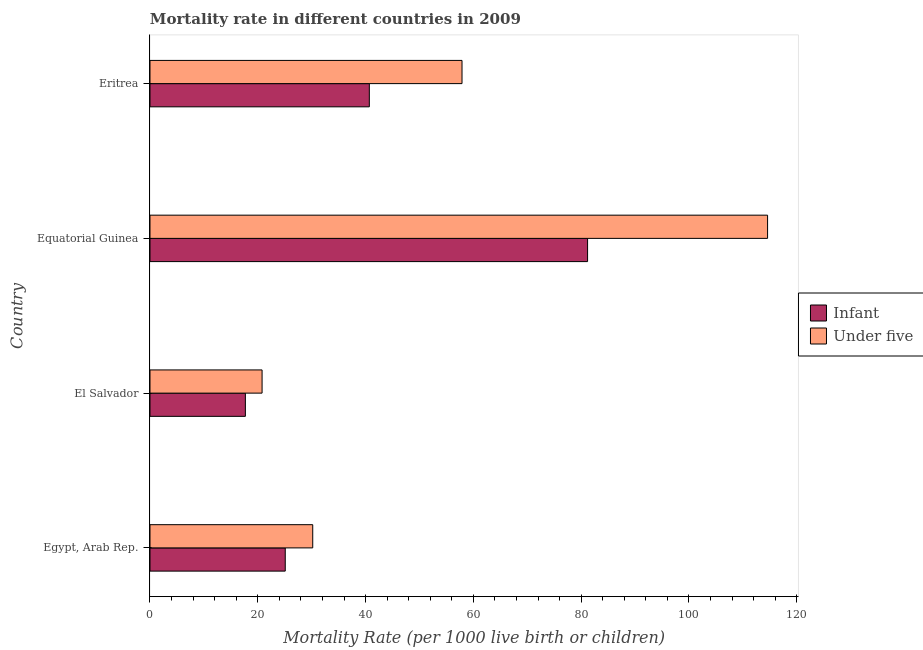
| Country | Infant | Under five |
 | --- | --- | --- |
 | Egypt, Arab Rep. | 25.1 | 30.2 |
 | El Salvador | 17.7 | 20.8 |
 | Equatorial Guinea | 81.2 | 115 |
 | Eritrea | 40.7 | 57.9 |